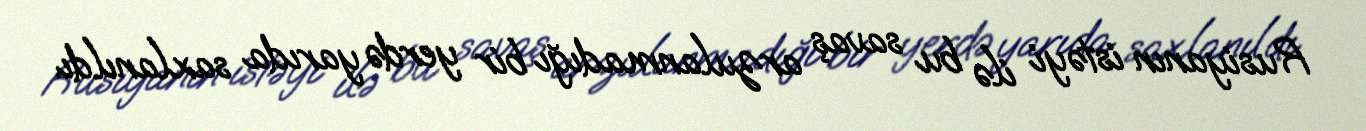
Rusiyanın istəyi ilə bu savaş arzulanmadığı bir yerdə yarıda saxlanıldı.